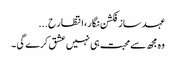
عہد ساز فکشن نگار، انتظار ح...
وہ مجھ سے محبت ہی نہیں عشق کرے گی ۔